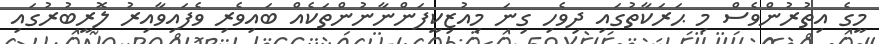
މީގެ އިތުރުންވެސް މި ޙަރަކާތުގައި ދިވެހި ގިނަ މިއުޒިކީފަންނާނުންތަކެއް ބައިވެރި ވެފައިވާއިރު ލޮރީބުރުގައި